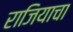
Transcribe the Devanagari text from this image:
राजियाचा